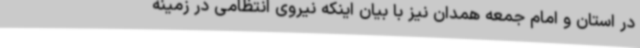
در استان و امام جمعه همدان نیز با بیان اینکه نیروی انتظامی در زمینه